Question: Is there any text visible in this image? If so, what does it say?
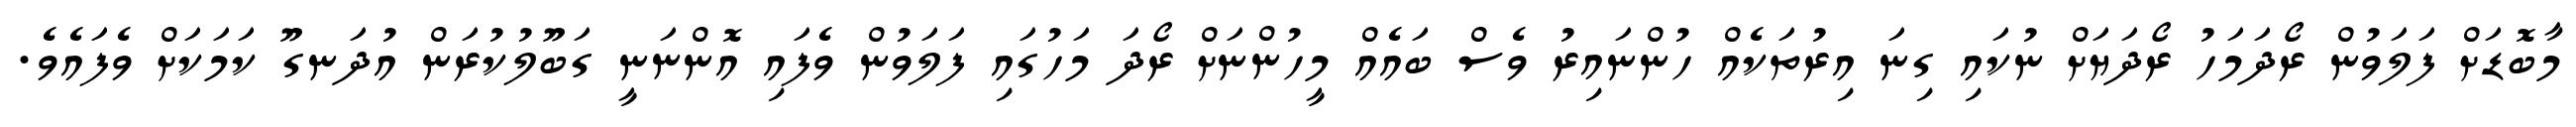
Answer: މާބޮޑަށް ފަލަވުން ރޯދަމަހު ރޯދަޔަށް ނުކައި ގިނަ އިރުތަކެއް ހުންނައިރު ވެސް ބައެއް މީހުންނަށް ރޯދަ މަހުގައި ފަލަވުން ވެފައި އޮންނަނީ ގަބޫލުކުރަން އުދަނގޫ ކަމަކަށް ވެފައެވެ.